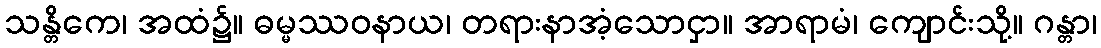
သန္တိကေ၊ အထံ၌။ ဓမ္မဿဝနာယ၊ တရားနာအံ့သောငှာ။ အာရာမံ၊ ကျောင်းသို့။ ဂန္တာ၊